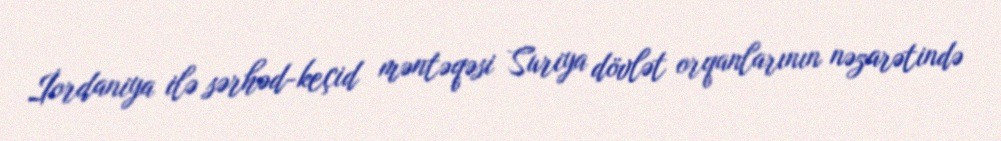
İordaniya ilə sərhəd-keçid məntəqəsi Suriya dövlət orqanlarının nəzarətində